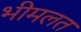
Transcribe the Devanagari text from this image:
भीमलत